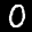
Label: 0